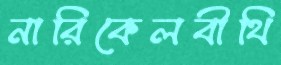
নারিকেলবীথি